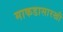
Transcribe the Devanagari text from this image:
माकडासारखी